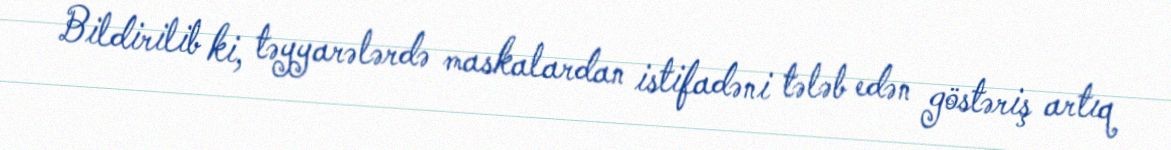
Bildirilib ki, təyyarələrdə maskalardan istifadəni tələb edən göstəriş artıq